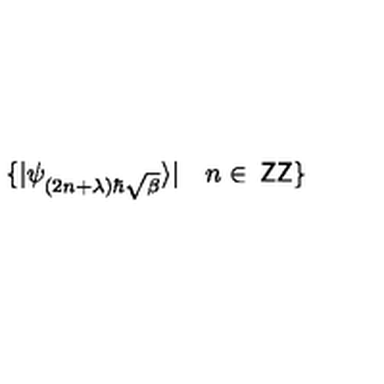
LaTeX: \{ \vert \psi _ { ( 2 n + \lambda ) \hbar \sqrt { \beta } } \rangle \vert \quad n \in { \: \mathrm { \sf Z } \mathrm { \sf Z } } \}